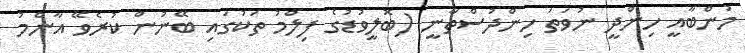
މުންބާއީ ހިންދީ ނުވަތަ ހިންދުސްތާނީ (ބޮލީވުޑުގެ ފިލްމު ތަކުގައި ބޭނުން ކުރެވޭ އާންމު